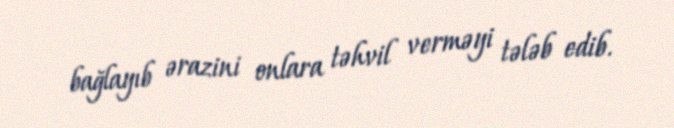
bağlayıb ərazini onlara təhvil verməyi tələb edib.